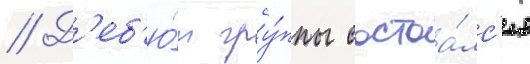
// Д'еб'ю́т гру́ппы состоа́лс'я